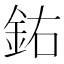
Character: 𨥰